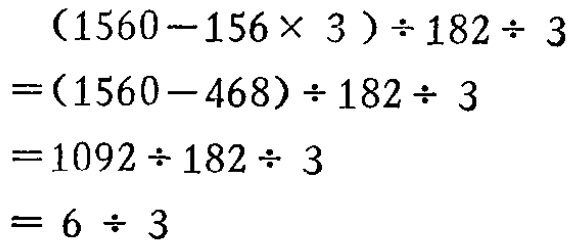
\[
\begin{align*}
&(1560 - 156\times3)\div182\div3\\
=&(1560 - 468)\div182\div3\\
=&1092\div182\div3\\
=&6\div3
\end{align*}
\]